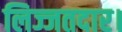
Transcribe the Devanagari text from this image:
लिज्जतदार।